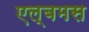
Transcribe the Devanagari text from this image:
एल्बमस